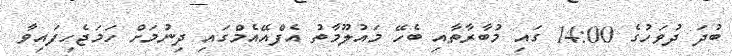
ބުދަ ދުވަހުގެ 14:00 ގައި މުބާރާތާއި ބެހޭ މައުލޫމާތު އެފްއޭއެމްގައި ދިނުމަށް ހަމަޖެހިފައިވާ